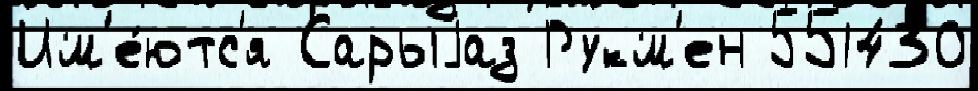
Им'е́ютс'я Сарыjаз Рукм'ен 551430